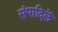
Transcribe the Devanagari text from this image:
संपादिलें